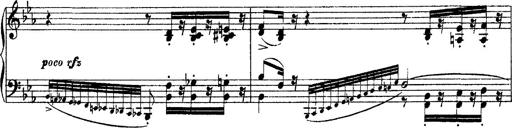
Title: Grandes Ã©tudes de Paganini
Composer: Franz Liszt